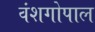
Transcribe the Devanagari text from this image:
वंशगोपाल